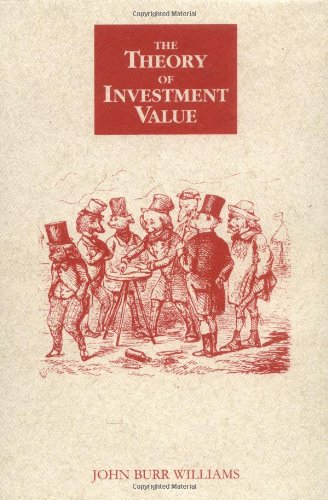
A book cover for The Theory of Investment Value; John Burr Williams; Business & Money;